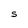
Character: S